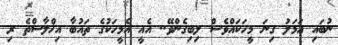
ނުބައި އަމަލު ގިނަ މީހަކައްވެސް ލިބިގެންވޭ.. އެއީ އެމީހަކުގެ ތައުބާ އިޚްލާސްތެ ރި